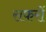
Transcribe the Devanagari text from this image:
सफरों